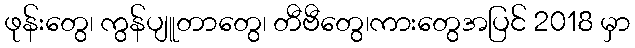
ဖုန်းတွေ၊ ကွန်ပျူတာတွေ၊ တီဗီတွေ၊ကားတွေအပြင် 2018 မှာ